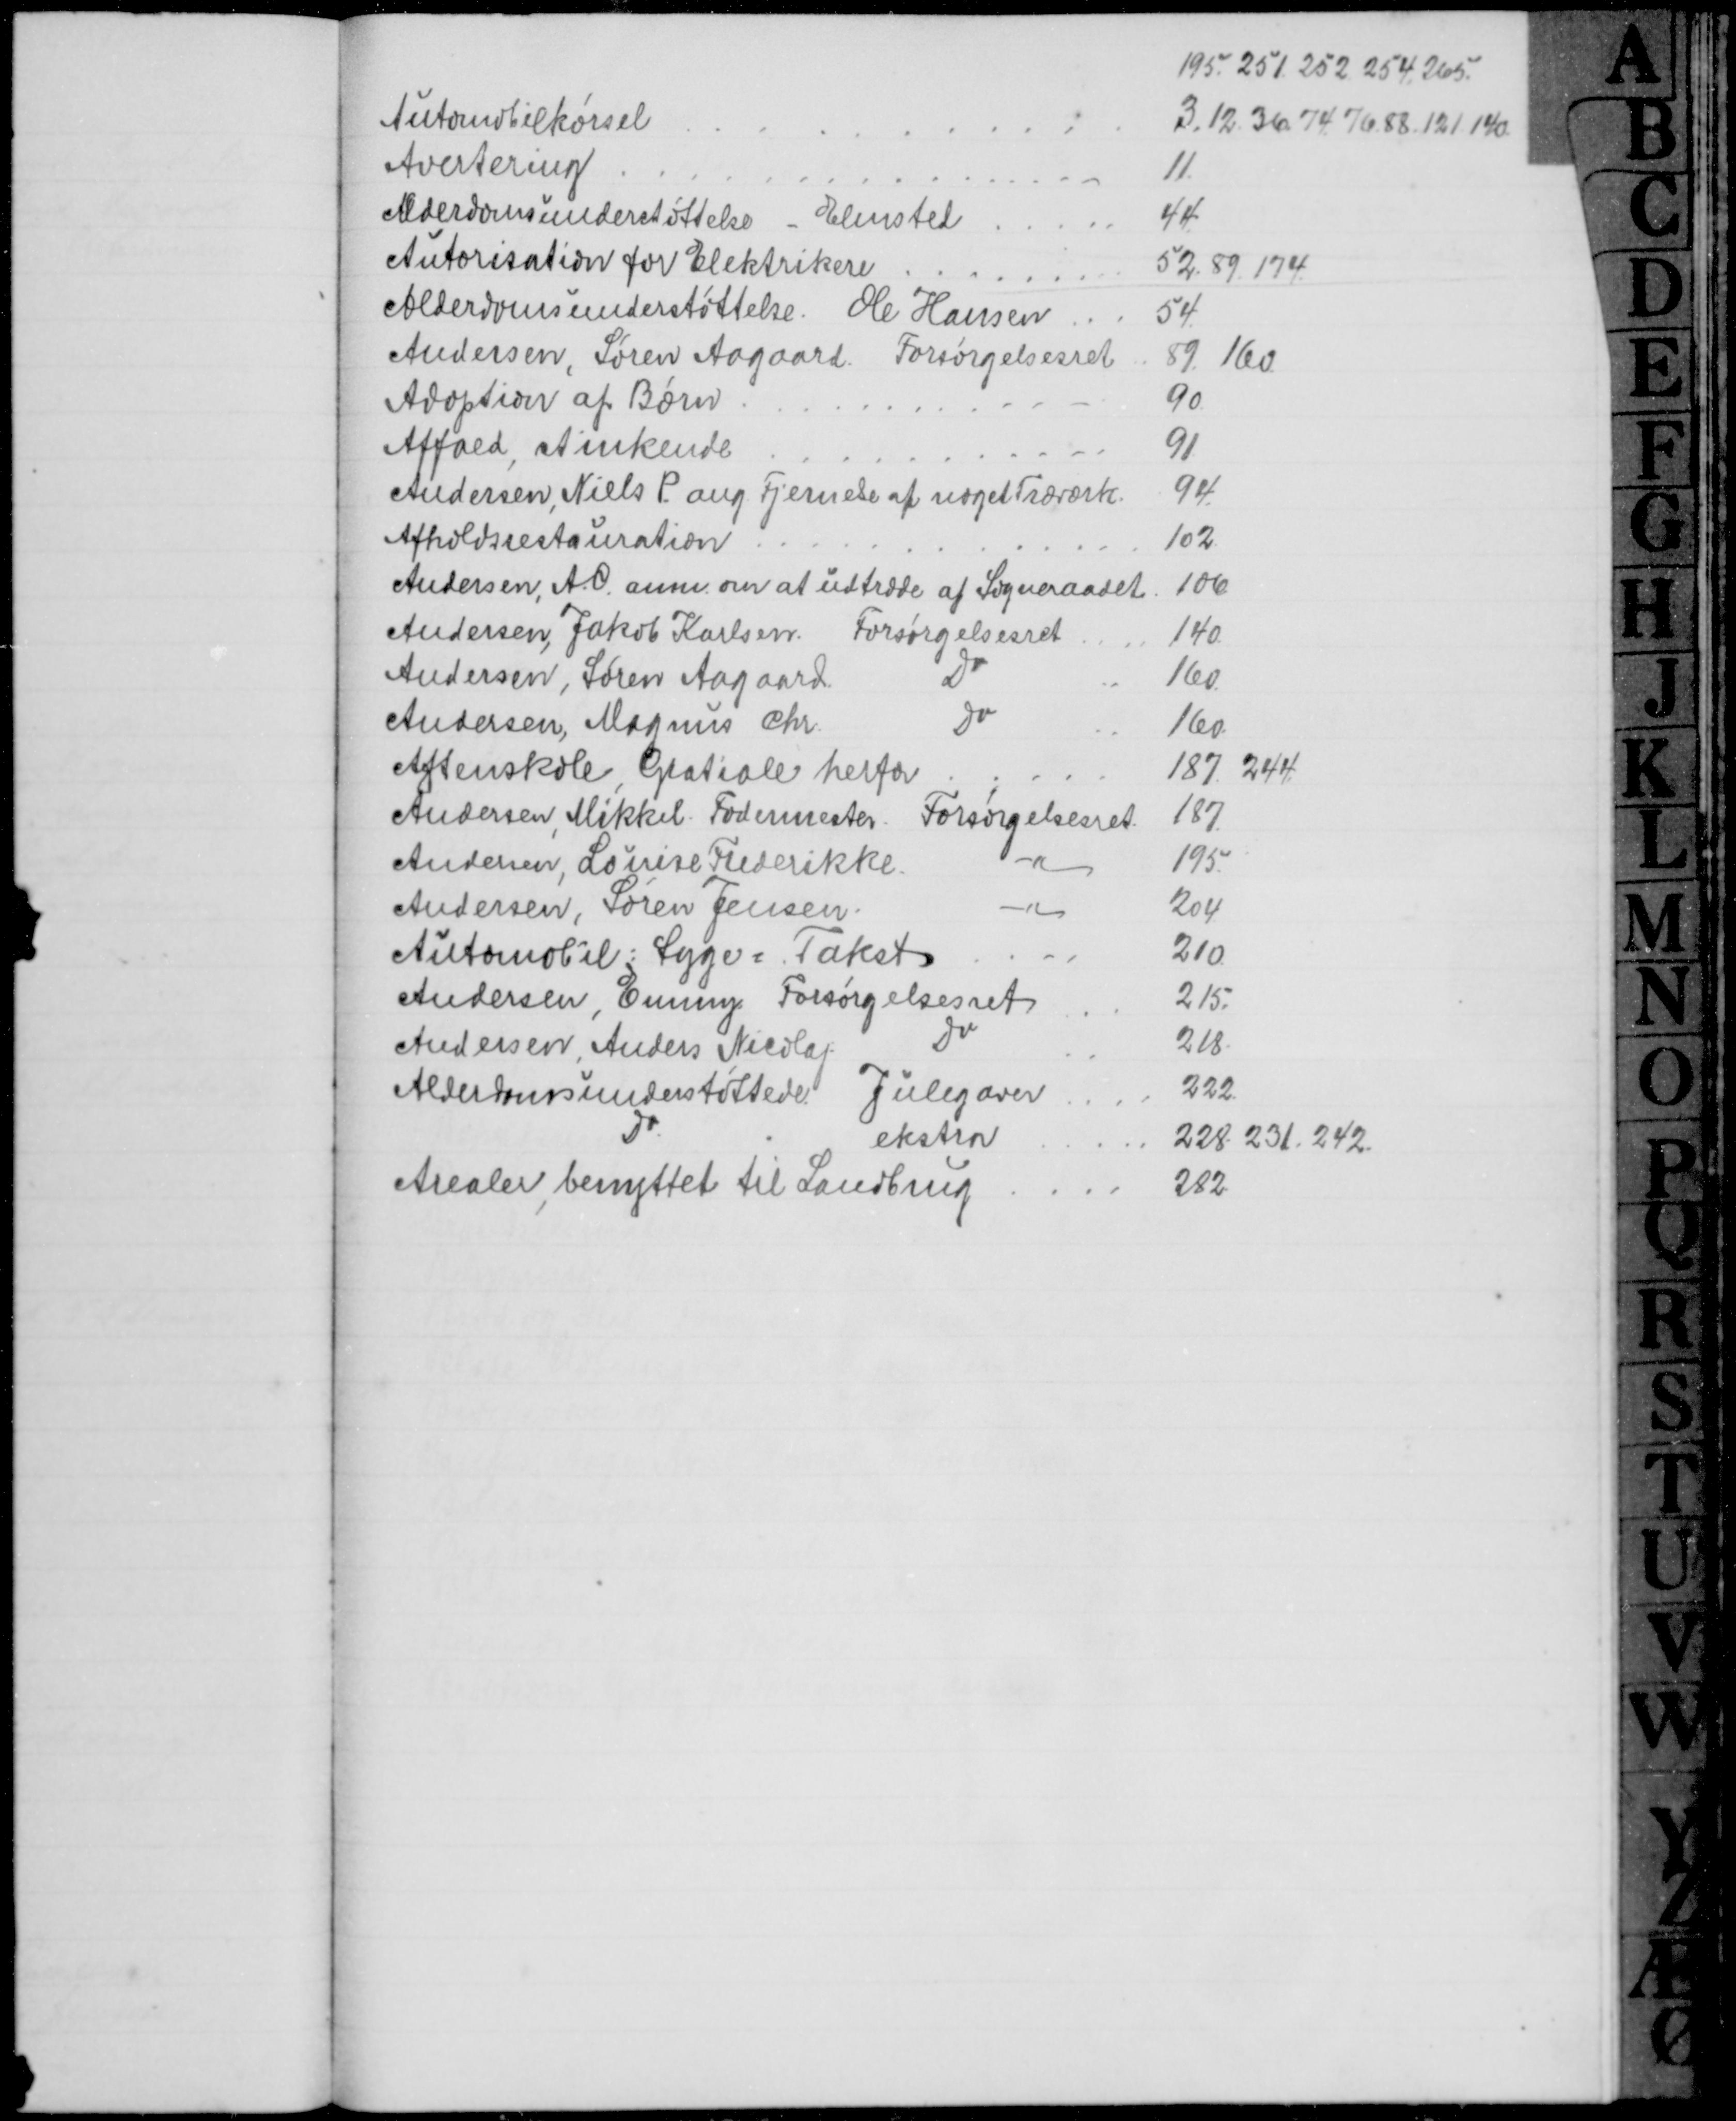
Transskription:
Automobilkørsel
195. 251. 252. 254. 265.
3. 12. 36. 74. 76. 88. 121. 140
Avertering
11
Alderdomsunderstøttelse Elmsted
44.
Autorisation for Elektrikere
52. 89. 174.
Alderdomsunderstøttelse. Ole Hansen
54.
Andersen, Søren Aagaard. Forsørgelsesret
89. 160
Adoption af Børn
90
Affald, stinkende
91
Andersen, Niels P. ang. Fjernese af noget Træværk.
94.
Afholdsrestauration
102
Andersen, A.C. anm. om at udtræde af Sogneraadet
106
Andersen, Jakob Karlsen. Forsørgelsesret
140
Andersen, Søren Aagaard.
Do
160
Andersen, Magnus Chr.
Do
160.
Aftenskole, Gratiale herfor
187. 244.
Andersen Mikkel Fodermester Forsørgelsesret.
187.
Andersen, Louise Frederikke
195
Andersen, Søren Jensen
204
Automobil: Syge, Takst
210
Andersen Emmy Forsørgelsesret
215.
Andersen, Anders Nicolaj
Do
218.
Alderdomsunderstøttede Julegaver
222
Do
ekstra
228. 231, 242.
Arealer benyttet til Landbrug
282